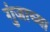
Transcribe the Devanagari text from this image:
गुंजाच्या